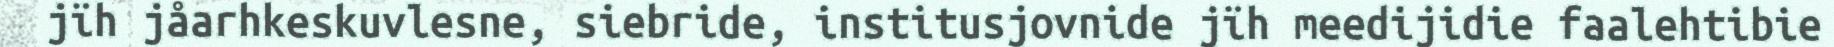
jïh jåarhkeskuvlesne, siebride, institusjovnide jïh meedijidie faalehtibie